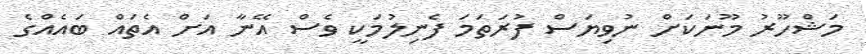
މަޝްހޫރު މޫނަކަށް ނުވިޔަސް ފުރަތަމަ ފެނިލުމަކީ ވެސް އޭނާ އަށް އެތައް ބައެއްގެ